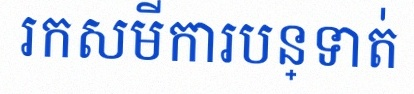
រកសមីការបន្ទាត់